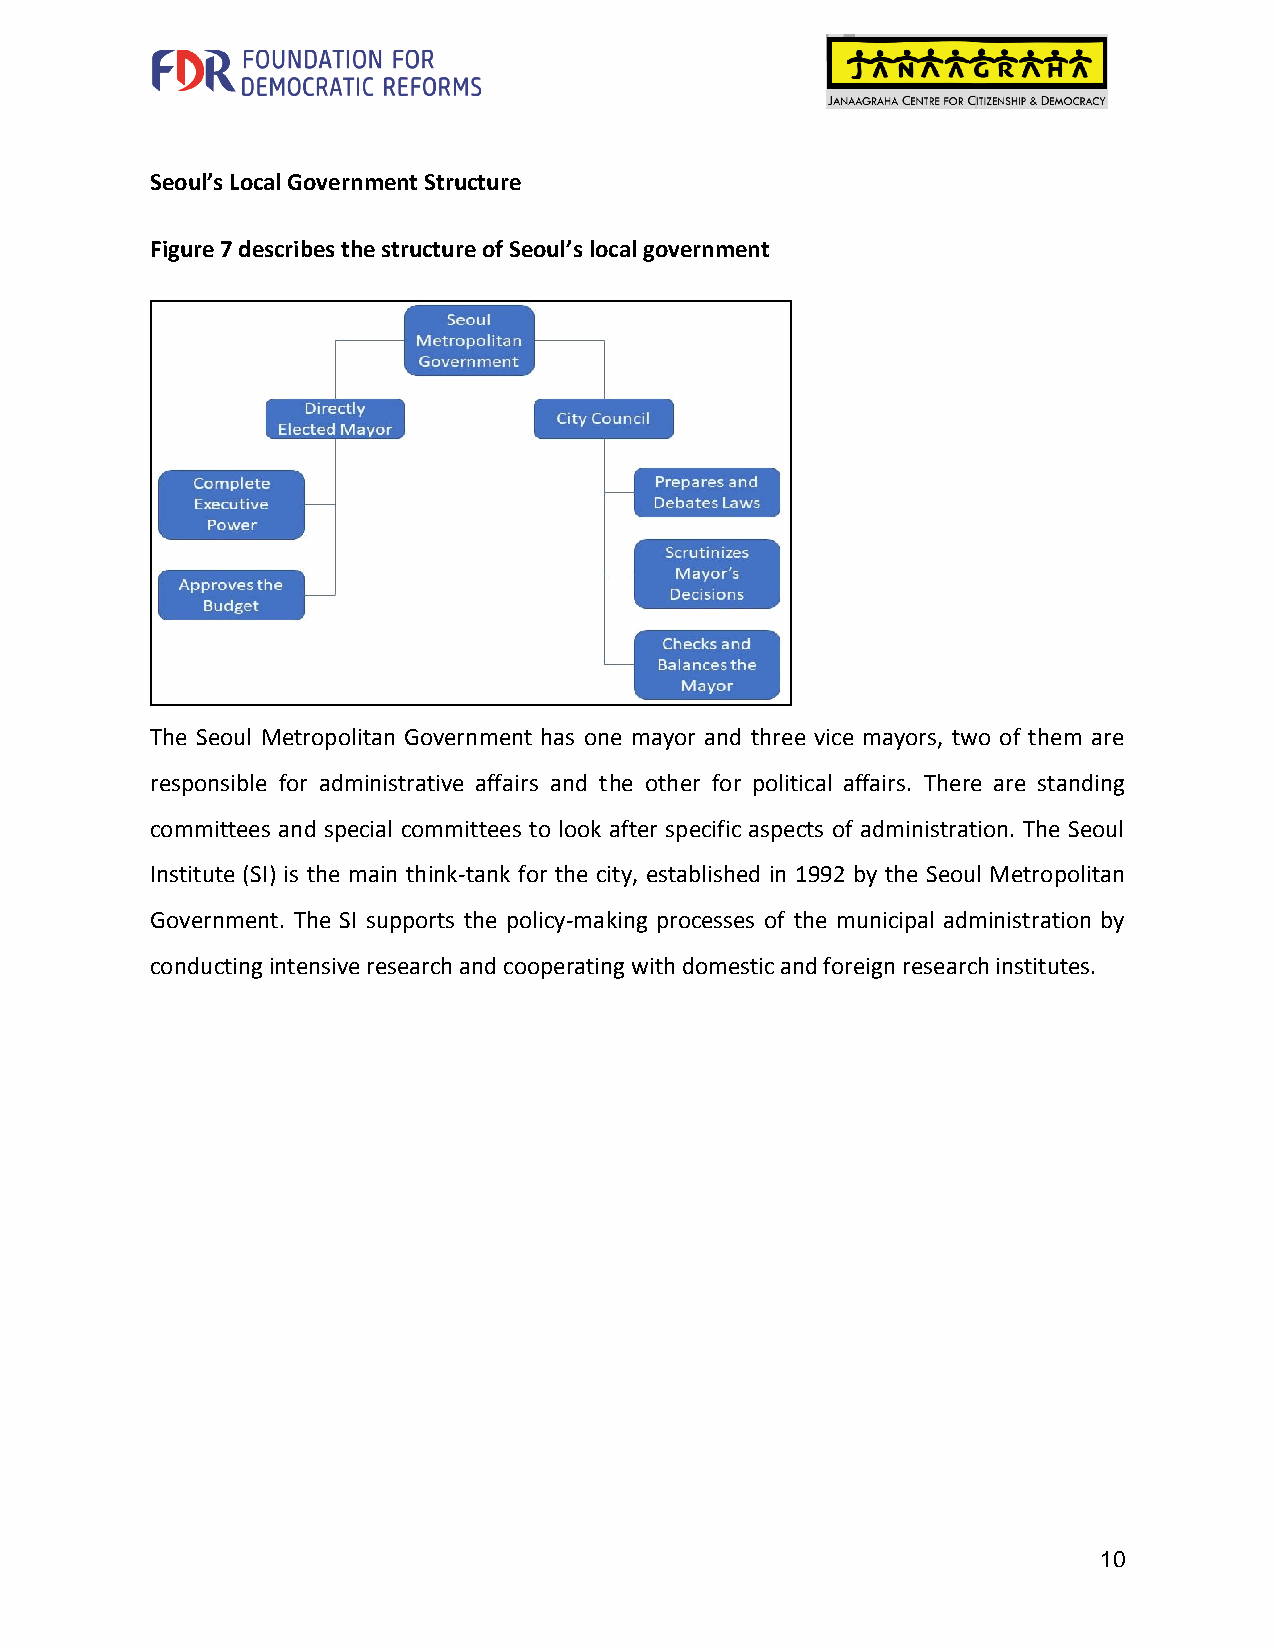
Seoul’s Local Government Structure
 Figure 7 describes the structure of Seoul’s local government
 The Seoul Metropolitan Government has one mayor and three vice mayors, two of them are
 responsible for administrative affairs and the other for political affairs. There are standing
 committees and special committees to look after specific aspects of administration. The Seoul
 Institute (SI) is the main think-tank for the city, established in 1992 by the Seoul Metropolitan
 Government. The SI supports the policy-making processes of the municipal administration by
 conducting intensive research and cooperating with domestic and foreign research institutes.
 10